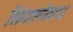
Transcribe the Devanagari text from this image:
सिंगालोवाद।